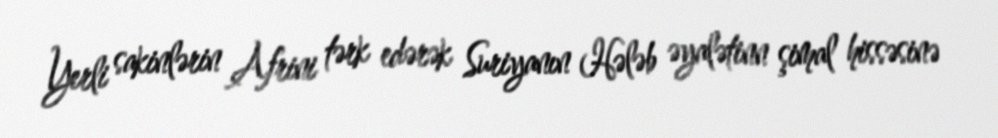
Yerli sakinlərin Afrini tərk edərək Suriyanın Hələb əyalətinn şimal hissəsinə